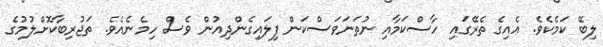
ލިބޭ ކަމެކެވެ. އެއިގެ ތެރޭގައި ހާސްކަމާއި ނުތަނަވަސްކަން ފިލައިގެންދިއުން ވެސް ހިމެނެއެވެ. ތަޖުރިބާކޮށްލުމުގެ